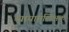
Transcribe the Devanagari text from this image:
व्यायामशिक्षक